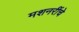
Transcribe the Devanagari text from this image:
मशनरींचे